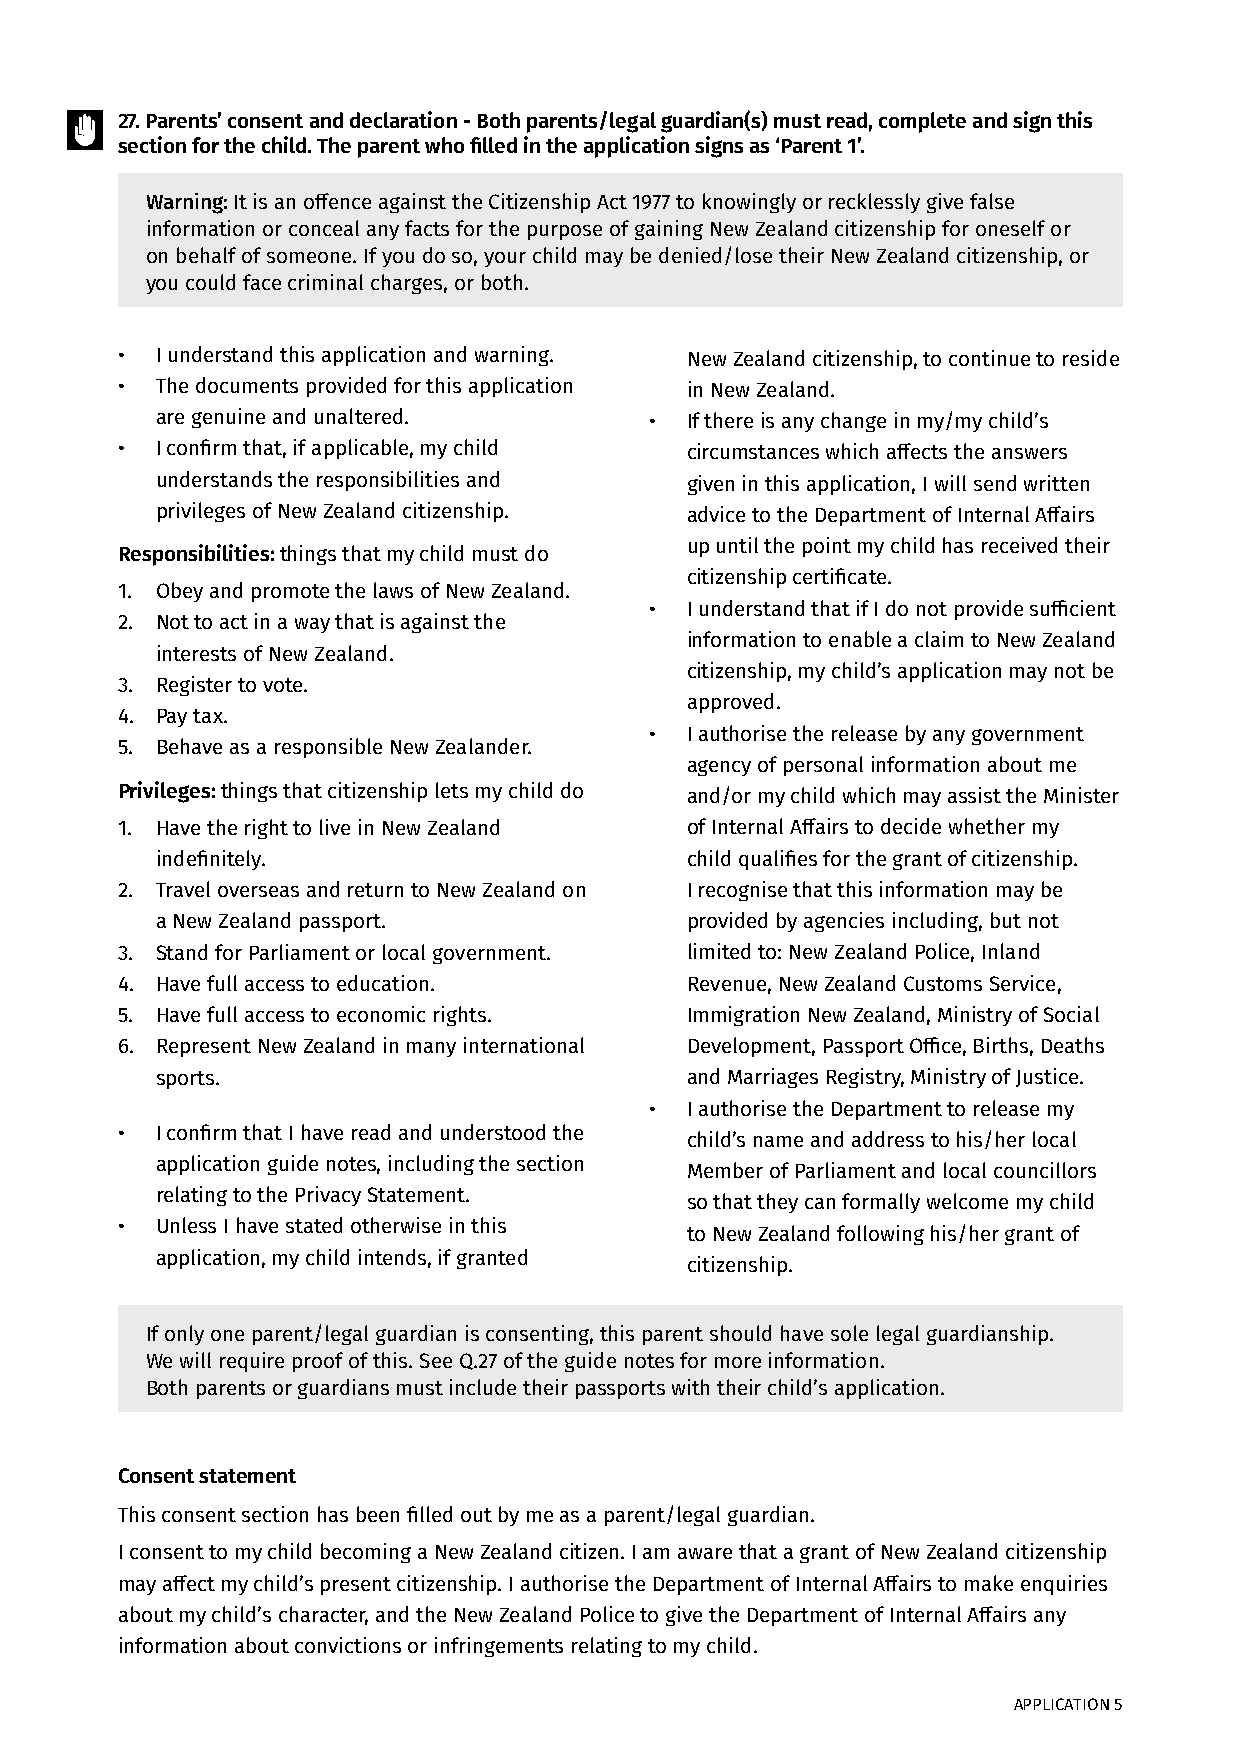
27. Parents’ consent and declaration - Both parents/legal guardian(s) must read, complete and sign this
 section for the child. The parent who filled in the application signs as ‘Parent 1’.
 Warning: It is an offence against the Citizenship Act 1977 to knowingly or recklessly give false
 information or conceal any facts for the purpose of gaining New Zealand citizenship for oneself or
 on behalf of someone. If you do so, your child may be denied/lose their New Zealand citizenship, or
 you could face criminal charges, or both.
 • I understand this application and warning. New Zealand citizenship, to continue to reside
 • The documents provided for this application in New Zealand.
 are genuine and unaltered.       • If there is any change in my/my child’s
 • I confirm that, if applicable, my child circumstances which affects the answers
 understands the responsibilities and given in this application, I will send written
 privileges of New Zealand citizenship. advice to the Department of Internal Affairs
 up until the point my child has received their
 Responsibilities: things that my child must do
 citizenship certificate.
 1. Obey and promote the laws of New Zealand.
 • I understand that if I do not provide sufficient
 2. Not to act in a way that is against the
 information to enable a claim to New Zealand
 interests of New Zealand.
 citizenship, my child’s application may not be
 3. Register to vote.
 approved.
 4. Pay tax.
 • I authorise the release by any government
 5. Behave as a responsible New Zealander.
 agency of personal information about me
 Privileges: things that citizenship lets my child do and/or my child which may assist the Minister
 1. Have the right to live in New Zealand of Internal Affairs to decide whether my
 indefinitely.                      child qualifies for the grant of citizenship.
 2. Travel overseas and return to New Zealand on I recognise that this information may be
 a New Zealand passport.            provided by agencies including, but not
 3. Stand for Parliament or local government. limited to: New Zealand Police, Inland
 4. Have full access to education.    Revenue, New Zealand Customs Service,
 5. Have full access to economic rights. Immigration New Zealand, Ministry of Social
 6. Represent New Zealand in many international Development, Passport Office, Births, Deaths
 sports.                            and Marriages Registry, Ministry of Justice.
 • I authorise the Department to release my
 • I confirm that I have read and understood the
 child’s name and address to his/her local
 application guide notes, including the section
 Member of Parliament and local councillors
 relating to the Privacy Statement.
 so that they can formally welcome my child
 • Unless I have stated otherwise in this
 to New Zealand following his/her grant of
 application, my child intends, if granted
 citizenship.
 If only one parent/legal guardian is consenting, this parent should have sole legal guardianship.
 We will require proof of this. See Q.27 of the guide notes for more information.
 Both parents or guardians must include their passports with their child’s application.
 Consent statement
 This consent section has been filled out by me as a parent/legal guardian.
 I consent to my child becoming a New Zealand citizen. I am aware that a grant of New Zealand citizenship
 may affect my child’s present citizenship. I authorise the Department of Internal Affairs to make enquiries
 about my child’s character, and the New Zealand Police to give the Department of Internal Affairs any
 information about convictions or infringements relating to my child.
 APPLICATION 5